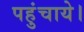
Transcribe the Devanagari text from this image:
पहुंचाये।